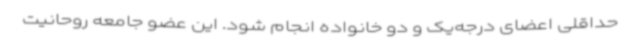
حداقلی اعضای درجه‌یک و دو خانواده انجام شود. این عضو جامعه روحانیت